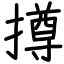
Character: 撙